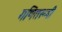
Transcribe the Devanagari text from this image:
गणितरूपी